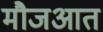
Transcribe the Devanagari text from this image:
मौजआत